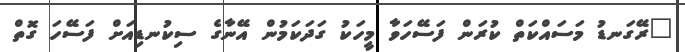
"ރޭގަނޑު މަސައްކަތް ކުރަން ފަސޭހަވާ މީހަކު ގަދަކަމުން އޭނާގެ ސިކުނޑިއަށް ފަސޭހަ ގޮތް